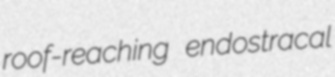
roof-reaching endostracal